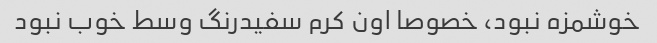
خوشمزه نبود، خصوصا اون کرم سفیدرنگ وسط خوب نبود